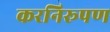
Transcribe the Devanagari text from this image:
करनिरूपण